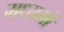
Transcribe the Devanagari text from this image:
मध्यमों